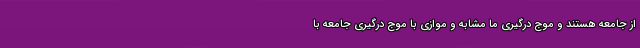
از جامعه هستند و موج درگیری ما مشابه و موازی با موج درگیری جامعه با